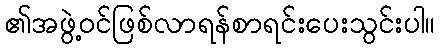
၏အဖွဲ့ဝင်ဖြစ်လာရန်စာရင်းပေးသွင်းပါ။